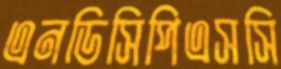
এনডিসিপিএসসি